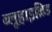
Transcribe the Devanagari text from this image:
ब्लूहाइब्रिड